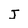
Character: J